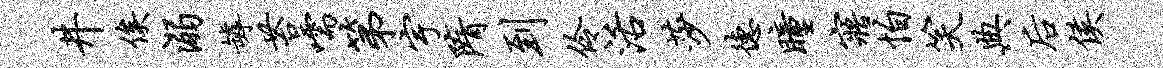
井俟溺罅苔嚅第宇隋到伶活莎德瞳寤怕笑典後侯